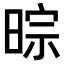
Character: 𣇼